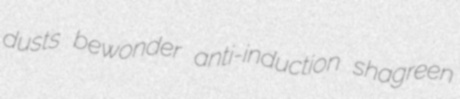
dusts bewonder anti-induction shagreen